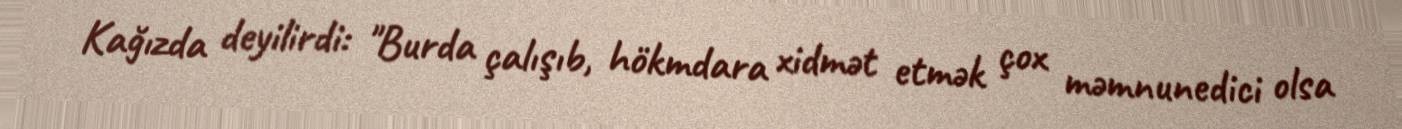
Kağızda deyilirdi: "Burda çalışıb, hökmdara xidmət etmək çox məmnunedici olsa